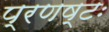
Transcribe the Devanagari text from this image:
प्रणष्टः